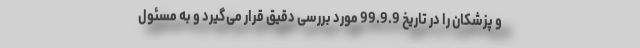
و پزشکان را در تاریخ 99.9.9 مورد بررسی دقیق قرار می‌گیرد و به مسئول